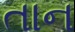
તાન